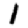
Digit: 1